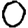
Digit: 0